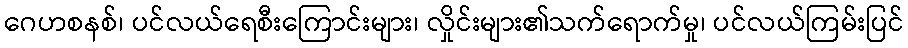
ဂေဟစနစ်၊ ပင်လယ်ရေစီးကြောင်းများ၊ လှိုင်းများ၏သက်ရောက်မှု၊ ပင်လယ်ကြမ်းပြင်